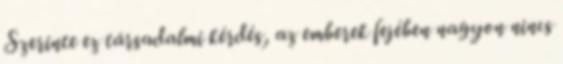
Szerinte ez társadalmi kérdés, az emberek fejében nagyon nincs